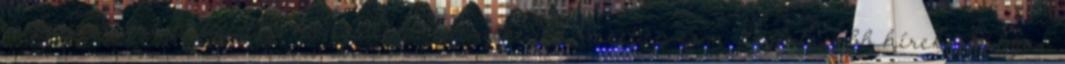
eszmecserére helyezi a hangsúlyt. jelentkezés: meetup.com Legfrissebb hírek Súlyos